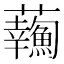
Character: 𧅹